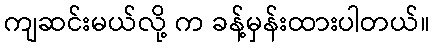
ကျဆင်းမယ်လို့ က ခန့်မှန်းထားပါတယ်။